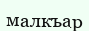
малкъар